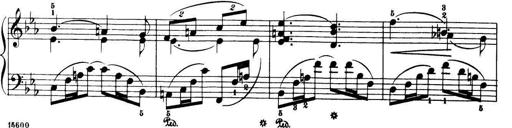
Title: 32 Sonatinas and Rondos for the Piano
Composer: Richard Kleinmichel